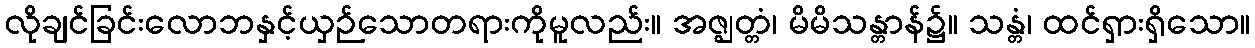
လိုချင်ခြင်းလောဘနှင့်ယှဉ်သောတရားကိုမူလည်း။ အဇ္ဈတ္တံ၊ မိမိသန္တာန်၌။ သန္တံ၊ ထင်ရှားရှိသော။